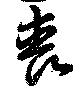
喪